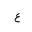
Letter: _ayn